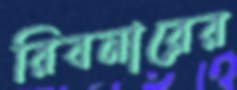
রিবনারের